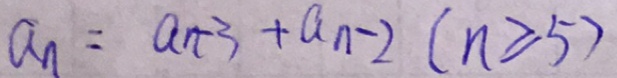
a _ { n } = a _ { n - 3 } + a _ { n - 2 } ( n \geq 5 )